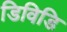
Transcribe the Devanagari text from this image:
डिविडि